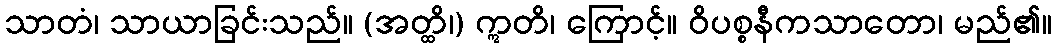
သာတံ၊ သာယာခြင်းသည်။ (အတ္ထိ၊) ဣတိ၊ ကြောင့်။ ဝိပစ္စနီကသာတော၊ မည်၏။